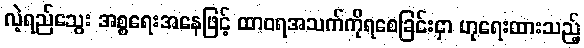
လဲ့ရည်သွေး အစ္စရေးအနေဖြင့် ထာဝရအသက်ကိုရစေခြင်းငှာ ဟုရေးထားသည့်